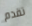
تقدم